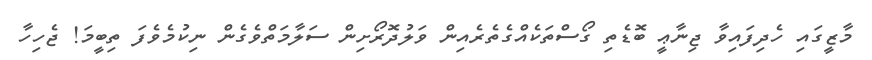
މާޒީގައި ހެދިފައިވާ ޖިނާޢީ ބޮޑެތި ގޯސްތަކެއްގެތެރެއިން ވަލުދޮރޯށިން ސަލާމަތްވެގެން ނިކުމެވެފަ ތިބީމަ! ޖެހިހާ